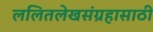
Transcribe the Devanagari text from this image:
ललितलेखसंग्रहासाठी